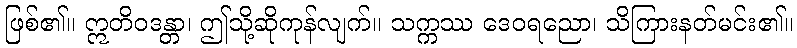
ဖြစ်၏။ ဣတိဝဒန္တာ၊ ဤသို့ဆိုကုန်လျက်။ သက္ကဿ ဒေဝရညော၊ သိကြားနတ်မင်း၏။